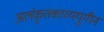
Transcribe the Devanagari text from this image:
अलंकृतकाव्ययुगीन